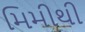
મિમીથી